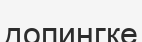
допингке